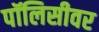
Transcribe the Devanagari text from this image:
पॉलिसीवर